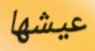
عيشها